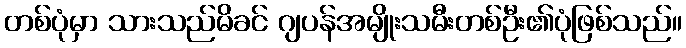
တစ်ပုံမှာ သားသည်မိခင် ဂျပန်အမျိုးသမီးတစ်ဦး၏ပုံဖြစ်သည်။